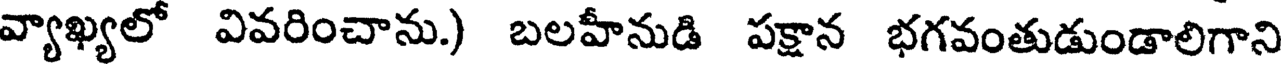
వ్యాఖ్యలో వివరించాను.) బలహీనుడి పక్షాన భగవంతుడుండాలిగాని